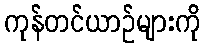
ကုန်တင်ယာဉ်များကို